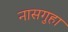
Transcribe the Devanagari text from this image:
नासगुहा